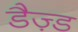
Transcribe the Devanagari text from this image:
डैज़्ड